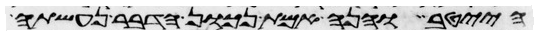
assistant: הייטב והנה אמת נכון הדבר נעשתה